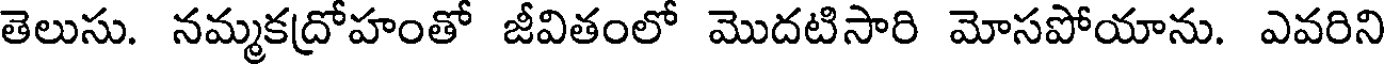
తెలుసు. నమ్మకద్రోహంతో జీవితంలో మొదటిసారి మోసపోయాను. ఎవరిని